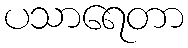
ပသာရေတာ